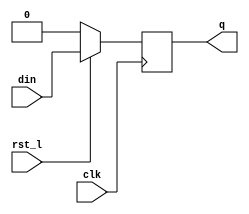
module dffrl_ns_1 (din, clk, rst_l, q);
parameter SIZE = 1;
input	[SIZE-1:0]	din ;	
input			clk ;	
input			rst_l ;	
output	[SIZE-1:0]	q ;	
reg 	[SIZE-1:0]	q ;
always @ (posedge clk)
  q[SIZE-1:0] <= rst_l ? din[SIZE-1:0] : {SIZE{1'b0}};
endmodule